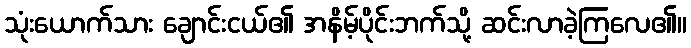
သုံးယောက်သား ချောင်းငယ်၏ အနိမ့်ပိုင်းဘက်သို့ ဆင်းလာခဲ့ကြလေ၏။